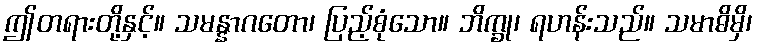
ဤတရားတို့နှင့်။ သမန္နာဂတော၊ ပြည့်စုံသော။ ဘိက္ခု၊ ရဟန်းသည်။ သမာဓိမှိ၊